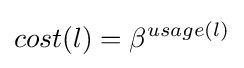
cost(l)=\beta ^{usage(l)}